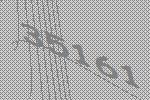
35161